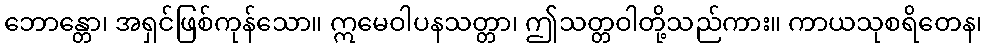
ဘောန္တော၊ အရှင်ဖြစ်ကုန်သော။ ဣမေဝါပနသတ္တာ၊ ဤသတ္တဝါတို့သည်ကား။ ကာယသုစရိတေန၊